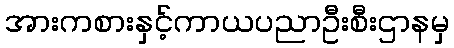
အားကစားနှင့်ကာယပညာဦးစီးဌာနမှ